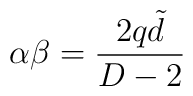
\alpha\beta=\frac{2q\tilde d}{D-2}